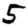
Digit: 5